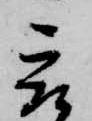
被